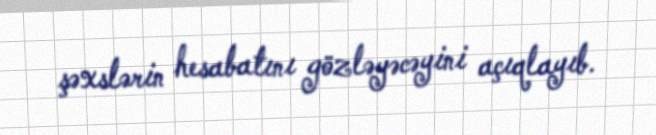
şəxslərin hesabatını gözləyəcəyini açıqlayıb.